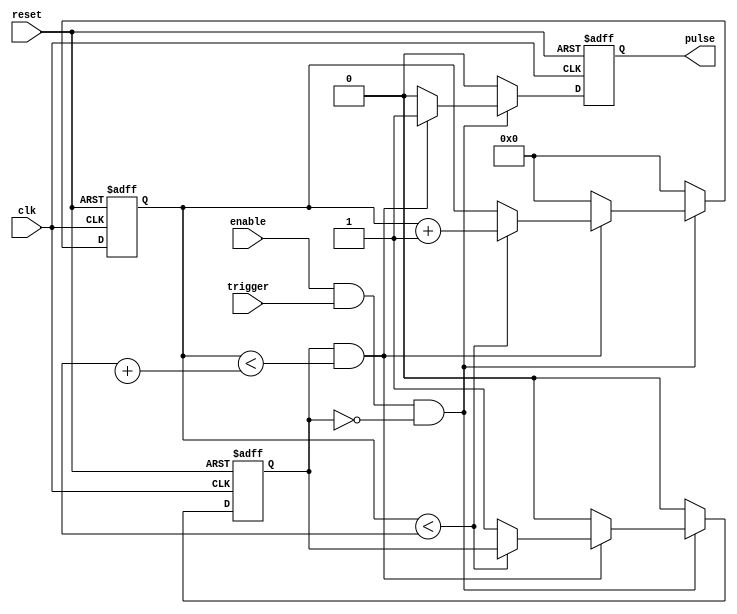
module Programmable_Pulse_Generator (
    input wire clk,
    input wire reset,
    input wire enable,
    input wire trigger,
    output reg pulse
);

reg [31:0] count;
reg pulse_active;
reg [15:0] pulse_width;
reg [15:0] delay;

always @ (posedge clk or posedge reset) begin
    if (reset) begin
        count <= 0;
        pulse <= 0;
        pulse_active <= 0;
    end else begin
        if (enable && trigger && !pulse_active) begin
            if (count < delay) begin
                count <= count + 1;
            end else begin
                pulse_active <= 1;
            end
            
            if (pulse_active && count < delay + pulse_width) begin
                pulse <= 1;
            end else begin
                pulse_active <= 0;
                pulse <= 0;
                count <= 0;
            end
        end else begin
            pulse <= 0;
            count <= 0;
            pulse_active <= 0;
        end
    end
end

endmodule